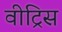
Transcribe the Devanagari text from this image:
वीट्रिस